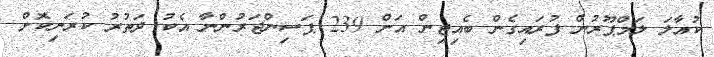
ކުއާލަ ލަމްޕޫރުން ފުރައިގެން ބެއިޖިން އަށް 239 ޕަސިންޖަރުންނާ އެކު ދަތުރު ކުރަނިކޮށް